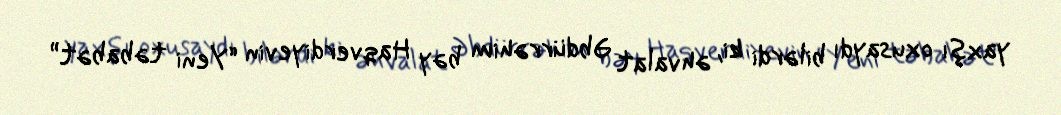
yaxşı oxusaydı bilərdi ki, əhvalat Əbdürrəhim bəy Haqverdiyevin “Yeni təbabət”